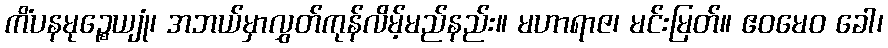
ကိံပနမုဉ္စေယျုံ၊ အဘယ်မှာလွှတ်ကုန်လိမ့်မည်နည်း။ မဟာရာဇ၊ မင်းမြတ်။ ဧဝမေဝ ခေါ၊